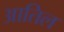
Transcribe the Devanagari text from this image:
आतिल